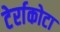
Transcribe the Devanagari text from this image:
टेर्राकोटा